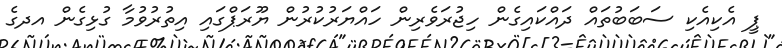
ޕީ އެކިއެކި ސަބަބުތައް ދައްކައިގެން ހިޖުރަވެރިން ހައްޔަރުކުރުން ޔޫރަޕްގައި އިތުރުވުމާ ގުޅިގެން އދގެ